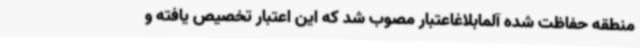
منطقه حفاظت شده آلمابلاغاعتبار مصوب شد که این اعتبار تخصیص یافته و